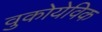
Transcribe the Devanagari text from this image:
वुकोयेविक